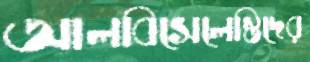
আলবিসেলেস্তিদের